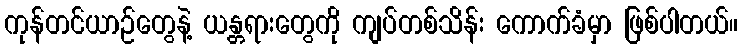
ကုန်တင်ယာဉ်တွေနဲ့ ယန္တရားတွေကို ကျပ်တစ်သိန်း ကောက်ခံမှာ ဖြစ်ပါတယ်။